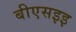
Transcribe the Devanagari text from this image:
बीएसइइ